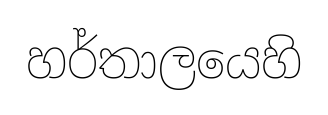
හර්තාලයෙහි